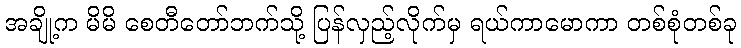
အချို့က မိမိ စေတီတော်ဘက်သို့ ပြန်လှည့်လိုက်မှ ရယ်ကာမောကာ တစ်စုံတစ်ခု